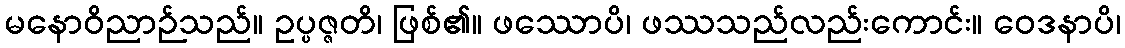
မနောဝိညာဉ်သည်။ ဥပ္ပဇ္ဇတိ၊ ဖြစ်၏။ ဖဿောပိ၊ ဖဿသည်လည်းကောင်း။ ဝေဒနာပိ၊